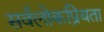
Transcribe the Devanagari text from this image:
सर्वलोकप्रियता